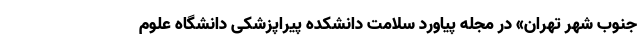
جنوب شهر تهران» در مجله پیاورد سلامت دانشکده پیراپزشکی دانشگاه علوم